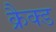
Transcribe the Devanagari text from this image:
क्रैक्ड